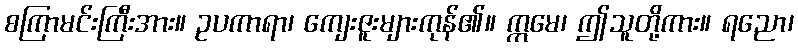
စကြာမင်းကြီးအား။ ဥပကာရာ၊ ကျေးဇူးများကုန်၏။ ဣမေ၊ ဤသူတို့ကား။ ရညော၊